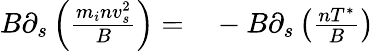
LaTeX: \begin{array}{rl}{B\partial_{s}\left(\frac{m_{i}nv_{s}^{2}}{B}\right)=}&{{}-B\partial_{s}\left(\frac{nT^{*}}{B}\right)}\end{array}